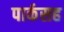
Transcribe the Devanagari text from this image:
पार्कसह